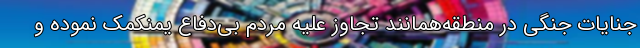
جنایات جنگی در منطقه­همانند تجاوز علیه مردم بی‌دفاع یمنکمک نموده و